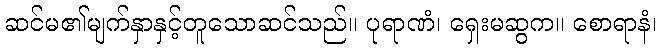
ဆင်မ၏မျက်နှာနှင့်တူသောဆင်သည်။ ပုရာဏံ၊ ရှေးမဆွက။ စောရာနံ၊